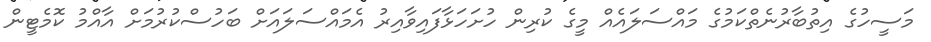
މަސީހުގެ އިތުބާރުނެތްކަމުގެ މައްސަލައެއް މީގެ ކުރިން ހުށަހަޅާފައިވާއިރު އެމައްސަލައަށް ބަހުސްކުރުމަށް އާއްމު ކޮމެޓީން